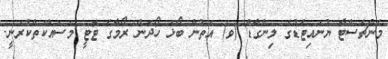
މެންޗެސްޓާ ޔުނައިޓެޑުގެ ލިންގާޑް (ވ) އަތުން ބޯޅަ ހޯދަން ރޯމާގެ ޓޮޓީ މަސައްކަތްކުރަނީ.